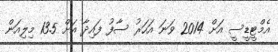
އެމްޓީޑީސީ އަށް 2014 ވަނަ އަހަރު ސާފު ފައިދާ އަށް 13.5 މިލިއަން